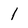
Character: 1